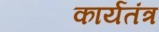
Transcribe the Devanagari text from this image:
कार्यतंत्र